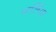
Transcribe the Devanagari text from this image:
पार्लिया